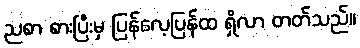
ညစာ စားပြီးမှ ပြန်လေ့ပြန်ထ ရှိလာ တတ်သည်။